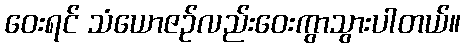
ဝေးရင် သံယောဇဉ်လည်းဝေးကွာသွားပါတယ်။